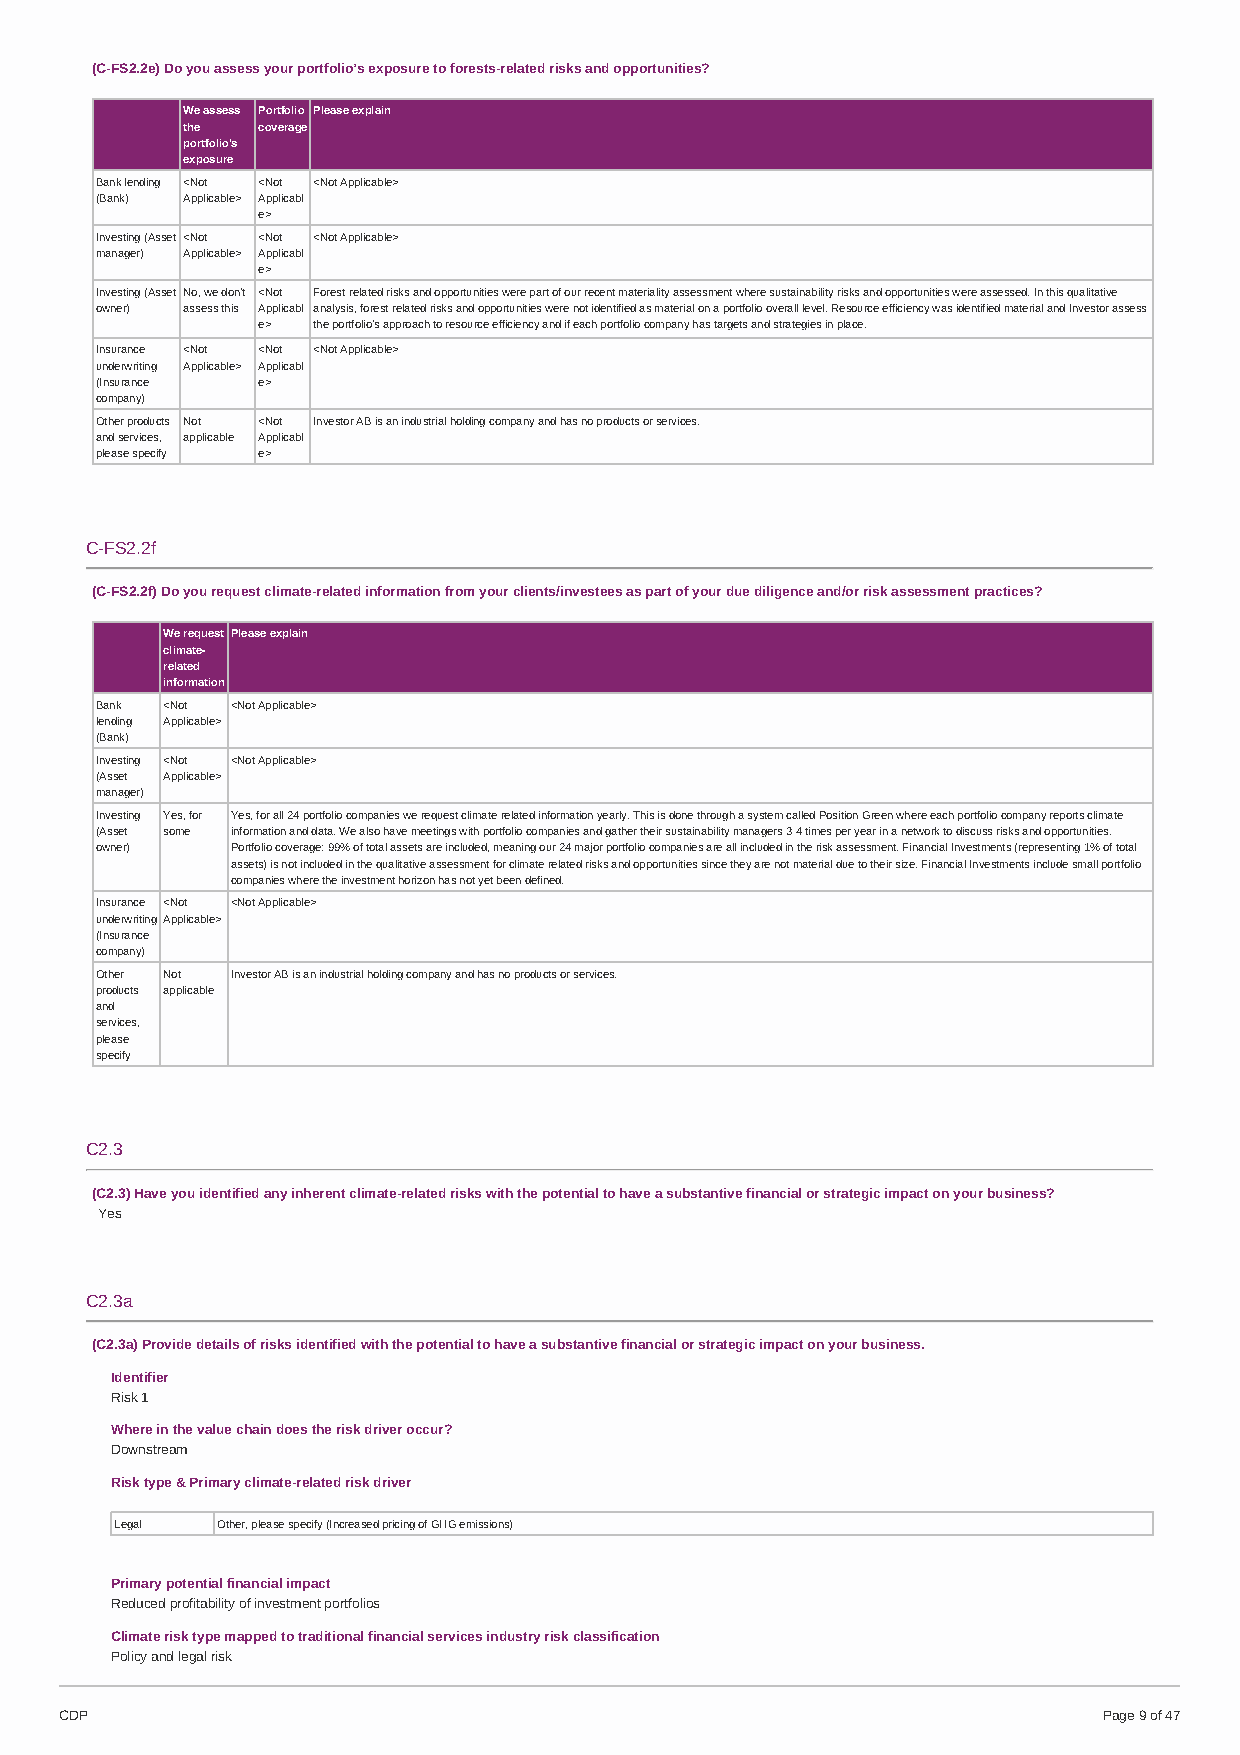
(C-FS2.2e) Do you assess your portfolio’s exposure to forests-related risks and opportunities?
 We assess Portfolio Please explain
 the  coverage
 portfolio's
 exposure
 Bank lending <Not <Not <Not Applicable>
 (Bank) Applicable> Applicabl
 e>
 Investing (Asset <Not <Not <Not Applicable>
 manager) Applicable> Applicabl
 e>
 Investing (Asset No, we don't <Not Forest-related risks and opportunities were part of our recent materiality assessment where sustainability risks and opportunities were assessed. In this qualitative
 owner) assess this Applicabl analysis, forest-related risks and opportunities were not identified as material on a portfolio overall level. Resource efficiency was identified material and Investor assess
 e>  the portfolio's approach to resource efficiency and if each portfolio company has targets and strategies in place.
 Insurance <Not <Not <Not Applicable>
 underwriting Applicable> Applicabl
 (Insurance e>
 company)
 Other products Not <Not Investor AB is an industrial holding company and has no products or services.
 and services, applicable Applicabl
 please specify e>
 C-FS2.2f
 (C-FS2.2f) Do you request climate-related information from your clients/investees as part of your due diligence and/or risk assessment practices?
 We request Please explain
 climate-
 related
 information
 Bank <Not <Not Applicable>
 lending Applicable>
 (Bank)
 Investing <Not <Not Applicable>
 (Asset Applicable>
 manager)
 Investing Yes, for Yes, for all 24 portfolio companies we request climate-related information yearly. This is done through a system called Position Green where each portfolio company reports climate
 (Asset some information and data. We also have meetings with portfolio companies and gather their sustainability managers 3-4 times per year in a network to discuss risks and opportunities.
 owner)   Portfolio coverage: 99% of total assets are included, meaning our 24 major portfolio companies are all included in the risk assessment. Financial Investments (representing 1% of total
 assets) is not included in the qualitative assessment for climate related risks and opportunities since they are not material due to their size. Financial Investments include small portfolio
 companies where the investment horizon has not yet been defined.
 Insurance <Not <Not Applicable>
 underwriting Applicable>
 (Insurance
 company)
 Other Not Investor AB is an industrial holding company and has no products or services.
 products applicable
 and
 services,
 please
 specify
 C2.3
 (C2.3) Have you identified any inherent climate-related risks with the potential to have a substantive financial or strategic impact on your business?
 Yes
 C2.3a
 (C2.3a) Provide details of risks identified with the potential to have a substantive financial or strategic impact on your business.
 Identifier
 Risk 1
 Where in the value chain does the risk driver occur?
 Downstream
 Risk type & Primary climate-related risk driver
 Legal Other, please specify (Increased pricing of GHG emissions)
 Primary potential financial impact
 Reduced profitability of investment portfolios
 Climate risk type mapped to traditional financial services industry risk classification
 Policy and legal risk
 CDP                                                                  Page 9 of 47